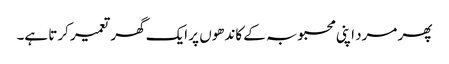
پھر مرد اپنی محبوبہ کے کاندھوں پر ایک گھر تعمیر کرتا ہے۔